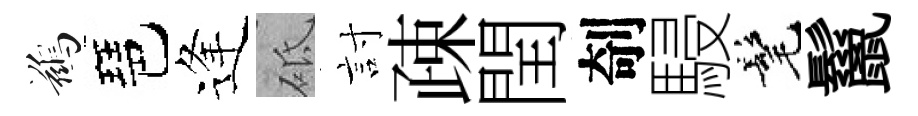
鷀琶逢砥討疎閏剞駸髦鬣